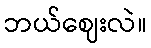
ဘယ်ဈေးလဲ။